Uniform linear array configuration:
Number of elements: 16
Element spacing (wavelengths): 0.25
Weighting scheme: kaiser
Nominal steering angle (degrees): -30
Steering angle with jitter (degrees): -30.348
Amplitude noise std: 0.05
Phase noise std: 0.05

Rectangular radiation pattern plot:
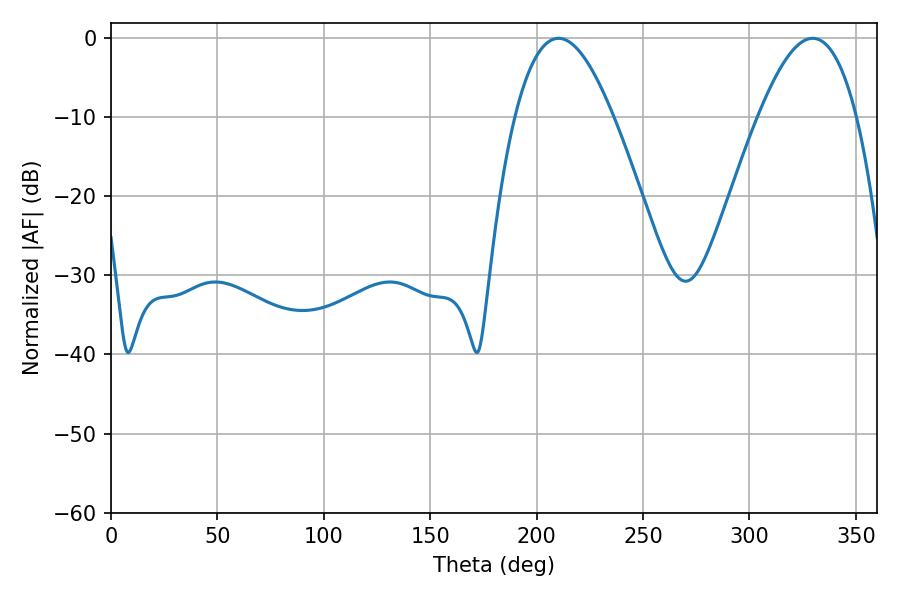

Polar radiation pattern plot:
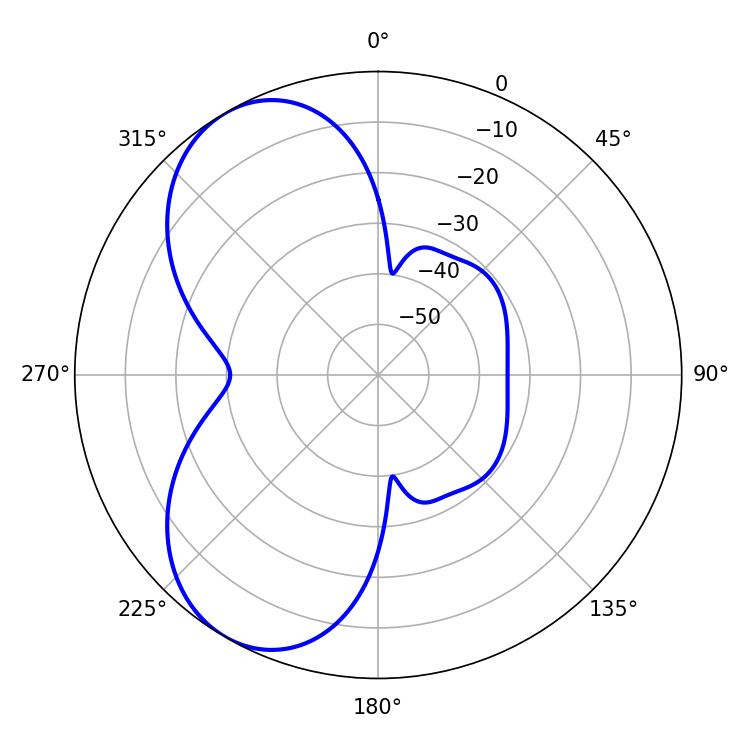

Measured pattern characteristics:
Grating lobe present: FALSE
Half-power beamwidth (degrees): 25.2
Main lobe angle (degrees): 210.24